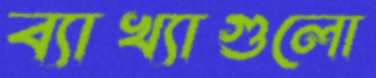
ব্যাখ্যাগুলো